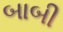
બાબી